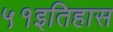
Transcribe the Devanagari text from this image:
५१इतिहास